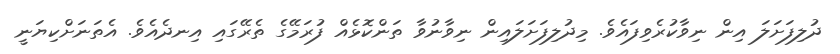
ދުލިފަށަލަ އިން ނިވާކުރެވިފައެވެ. މިދުލިފަށަލައިން ނިވާނުވާ ތަންކޮޅެއް ފުރަމޭގެ ތެރޭގައި އިނދެއެވެ. އެތަނަށްކިޔަނީ